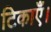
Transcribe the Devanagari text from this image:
टिकाएँ।